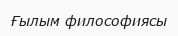
Ғылым философиясы